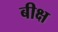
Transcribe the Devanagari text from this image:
बीक्ष